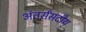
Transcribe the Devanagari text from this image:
अंतर्संसदीय